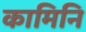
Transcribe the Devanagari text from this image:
कामिनि